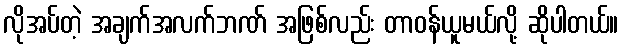
လိုအပ်တဲ့ အချက်အလက်ဘဏ် အဖြစ်လည်း တာဝန်ယူမယ်လို့ ဆိုပါတယ်။